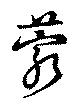
藭